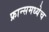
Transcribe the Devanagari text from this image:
फ्रान्समध्येच